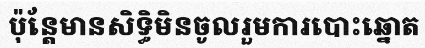
ប៉ុន្តែមានសិទ្ធិមិនចូលរួមការបោះឆ្នោត